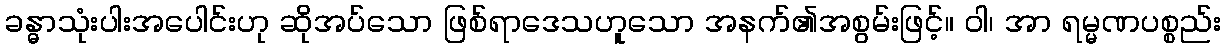
ခန္ဓာသုံးပါးအပေါင်းဟု ဆိုအပ်သော ဖြစ်ရာဒေသဟူသော အနက်၏အစွမ်းဖြင့်။ ဝါ၊ အာ ရမ္မဏပစ္စည်း